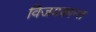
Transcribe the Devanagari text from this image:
विजयकान्त